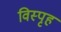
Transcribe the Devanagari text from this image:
विस्पृह